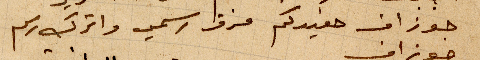
جوزاف حفيدكم مزقوا رسمي واترك رسم